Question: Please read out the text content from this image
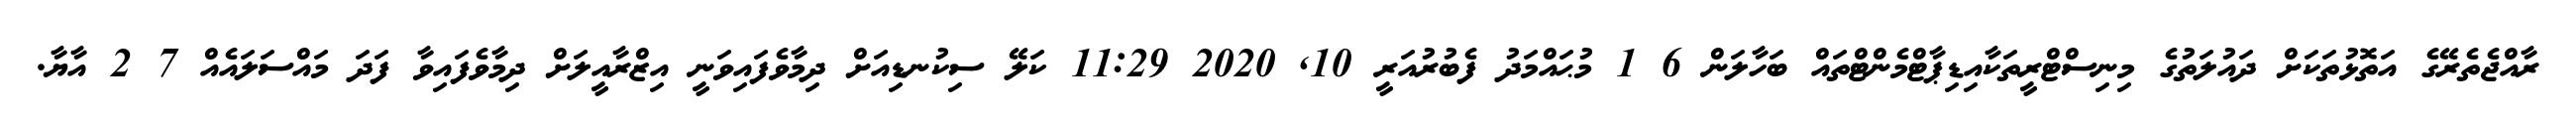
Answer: ރާއްޖެތެރޭގެ އަތޮޅުތަކަށް ދައުލަތުގެ މިނިސްޓްރީތަކާއިޑިޕާޓްމެންޓްތައް ބަހާލަން 6 1 މުޙައްމަދު ފެބުރުއަރީ 10, 2020 11:29 ކަލޭ ސިކުނޑިއަށް ދިމާވެފައިވަނީ އިޒްރާއީލަށް ދިމާވެފައިވާ ފަދަ މައްސަލައެއް 7 2 އާޔާ.